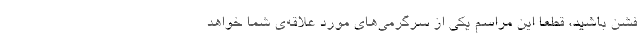
فشن باشید، قطعا این مراسم یکی از سرگرمی‌های مورد علاقه‌ی شما خواهد